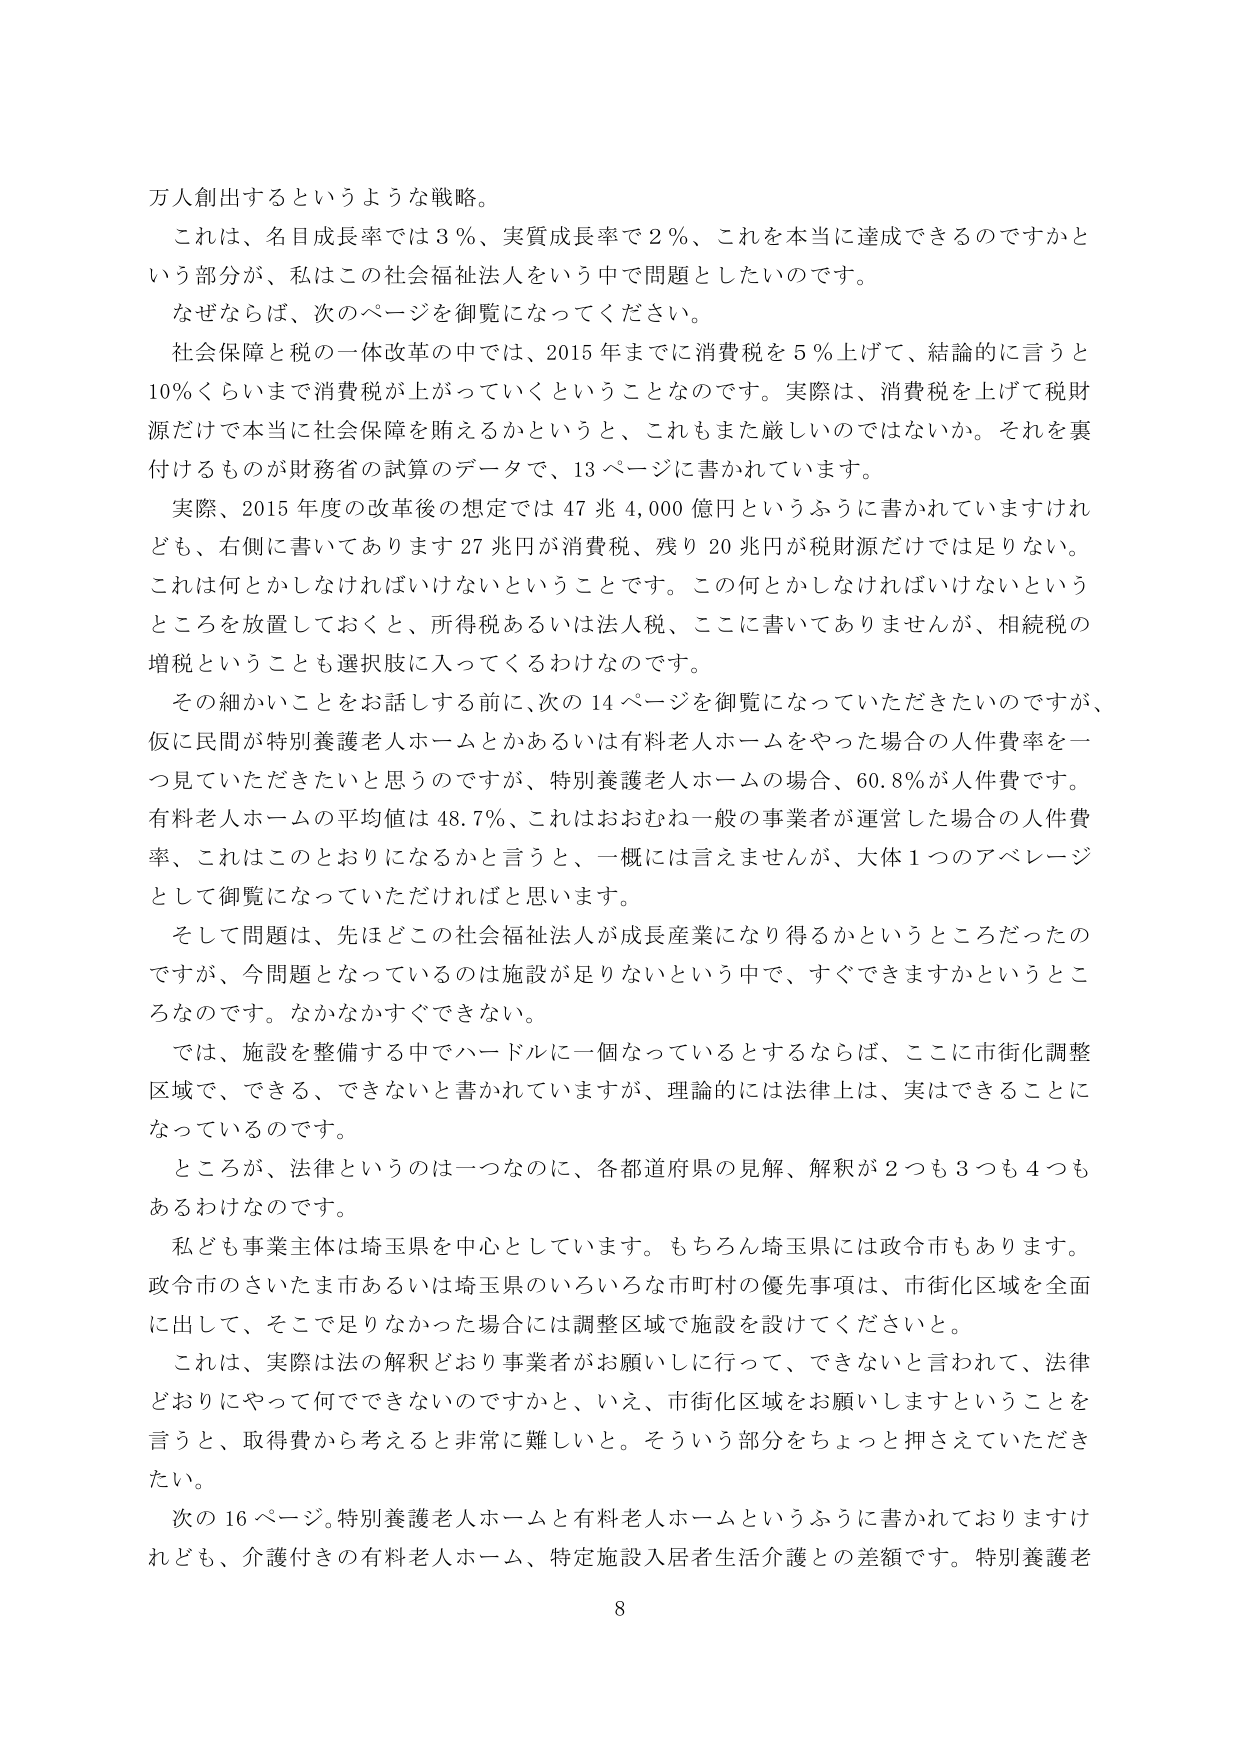
万人創出するというような戦略。

これは、名目成長率では３％、実質成長率で２％、これを本当に達成できるのですかという部分が、私はこの社会福祉法人をいう中で問題としたいのです。

なぜならば、次のページを御覧になってください。

社会保障と税の一体改革の中では、2015年までに消費税を５％上げて、結論的に言うと10％くらいまで消費税が上がっていくということなのです。実際は、消費税を上げて税財源だけで本当に社会保障を賄えるかというと、これもまた厳しいのではないか。それを裏付けるものが財務省の試算のデータで、13ページに書かれています。

実際、2015年度の改革後の想定では47兆4,000億円というふうに書かれていますけれども、右側に書いてあります27兆円が消費税、残り20兆円が税財源だけでは足りない。これは何とかしなければいけないということです。この何とかしなければいけないというところを放置しておくと、所得税あるいは法人税、ここに書いてありませんが、相続税の増税ということも選択肢に入ってくるわけなのです。

その細かいことをお話しさる前に、次の14ページを御覧になっていただきたいのですが、仮に民間が特別養護老人ホームとかあるいは有料老人ホームをやった場合の人件費率を一つ見ていただきたいと思うのですが、特別養護老人ホームの場合、60.8％が人件費です。有料老人ホームの平均値は48.7％、これはおおむね一般の事業者が運営した場合の人件費率、これはこのとおりになるかと言うと、一概には言えませんが、大体1つのアベレージとして御覧になっていただければと思います。

そして問題は、先ほどこの社会福祉法人が成長産業になり得るかというところだったのですが、今問題となっているのは施設が足りないという中で、すぐできますかというところなのです。なかなかすぐできない。

では、施設を整備する中でハードルに一個なっているとするならば、ここに市街化調整区域で、できる、できないと書かれていますが、理論的には法律上は、実はできることになっているのです。

ところが、法律というのは一つなのに、各都道府県の見解、解釈が2つも3つも4つもあるわけなのです。

私ども事業主体は埼玉県を中心としています。もちろん埼玉県には政令市もあります。政令市のさいたま市あるいは埼玉県のいろいろな市町村の優先事項は、市街化区域を全面に出して、そこで足りなかった場合には調整区域で施設を設けてくださいと。

これは、実際は法の解釈どおり事業者がお願いに行って、できないと言われて、法律どおりにやって何でもできないのですかと、いえ、市街化区域をお願いしますということを言うと、取得費から考えると非常に難しいと。そういう部分をちょっと押さえていただきたい。

次の16ページ。特別養護老人ホームと有料老人ホームというふうに書かれておりますけれども、介護付きの有料老人ホーム、特定施設入居者生活介護との差額です。特別養護老

8